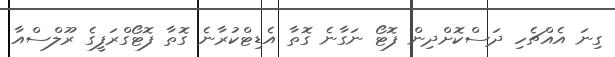
ގިނަ އެއްޗެހި ދަސްކޮށްދިން ފޮޓޯ ނަގާނެ ގޮތާ އެޑިޓްކުރާނެ ގޮތާ ފޮޓޯގްރަފީގެ ރޫލްސްއާ